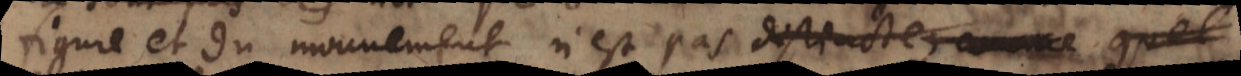
figure et du mouvement n’est pas distincte, comme